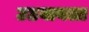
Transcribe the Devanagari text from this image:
उठवायला